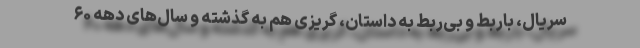
سریال، باربط و بی‌ربط به داستان، گریزی هم به گذشته و سال‌های دهه ۶۰